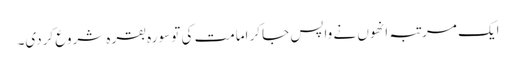
ایک مرتبہ انھوں نے واپس جاکر امامت کی تو سورہ بقرہ شروع کردی۔